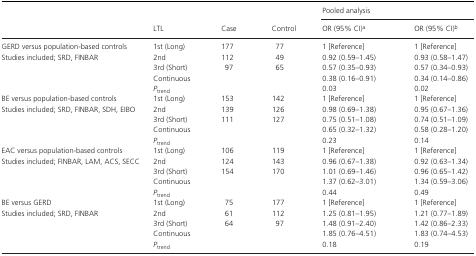
<table><thead><tr><td rowspan="2"></td><td></td><td></td><td></td><td colspan="2"><b>Pooled analysis</b></td></tr><tr><td><b>LTL</b></td><td><b>Case</b></td><td><b>Control</b></td><td><b>OR (95% CI)a</b></td><td><b>OR (95% CI)b</b></td></tr></thead><tbody><tr><td>GERD versus population‐based controls</td><td>1st (Long)</td><td>177</td><td>77</td><td>1 [Reference]</td><td>1 [Reference]</td></tr><tr><td rowspan="4">Studies included; SRD, FINBAR</td><td>2nd</td><td>112</td><td>49</td><td>0.92 (0.59–1.45)</td><td>0.93 (0.58–1.47)</td></tr><tr><td>3rd (Short)</td><td>97</td><td>65</td><td>0.57 (0.35–0.93)</td><td>0.57 (0.34–0.93)</td></tr><tr><td>Continuous</td><td></td><td></td><td>0.38 (0.16–0.91)</td><td>0.34 (0.14–0.86)</td></tr><tr><td><i>P</i><sub>trend</sub></td><td></td><td></td><td>0.03</td><td>0.02</td></tr><tr><td>BE versus population‐based controls</td><td>1st (Long)</td><td>153</td><td>142</td><td>1 [Reference]</td><td>1 [Reference]</td></tr><tr><td rowspan="4">Studies included; SRD, FINBAR, SDH, EIBO</td><td>2nd</td><td>139</td><td>126</td><td>0.98 (0.69–1.38)</td><td>0.95 (0.67–1.36)</td></tr><tr><td>3rd (Short)</td><td>111</td><td>127</td><td>0.75 (0.51–1.08)</td><td>0.74 (0.51–1.09)</td></tr><tr><td>Continuous</td><td></td><td></td><td>0.65 (0.32–1.32)</td><td>0.58 (0.28–1.20)</td></tr><tr><td><i>P</i><sub>trend</sub></td><td></td><td></td><td>0.23</td><td>0.14</td></tr><tr><td>EAC versus population‐based controls</td><td>1st (Long)</td><td>106</td><td>119</td><td>1 [Reference]</td><td>1 [Reference]</td></tr><tr><td rowspan="4">Studies included; FINBAR, LAM, ACS, SECC</td><td>2nd</td><td>124</td><td>143</td><td>0.96 (0.67–1.38)</td><td>0.92 (0.63–1.34)</td></tr><tr><td>3rd (Short)</td><td>154</td><td>170</td><td>1.01 (0.69–1.46)</td><td>0.96 (0.65–1.42)</td></tr><tr><td>Continuous</td><td></td><td></td><td>1.37 (0.62–3.01)</td><td>1.34 (0.59–3.06)</td></tr><tr><td><i>P</i><sub>trend</sub></td><td></td><td></td><td>0.44</td><td>0.49</td></tr><tr><td>BE versus GERD</td><td>1st (Long)</td><td>75</td><td>177</td><td>1 [Reference]</td><td>1 [Reference]</td></tr><tr><td rowspan="4">Studies included; SRD, FINBAR</td><td>2nd</td><td>61</td><td>112</td><td>1.25 (0.81–1.95)</td><td>1.21 (0.77–1.89)</td></tr><tr><td>3rd (Short)</td><td>64</td><td>97</td><td>1.48 (0.91–2.40)</td><td>1.42 (0.86–2.33)</td></tr><tr><td>Continuous</td><td></td><td></td><td>1.85 (0.76–4.51)</td><td>1.83 (0.74–4.53)</td></tr><tr><td><i>P</i><sub>trend</sub></td><td></td><td></td><td>0.18</td><td>0.19</td></tr></tbody></table>